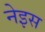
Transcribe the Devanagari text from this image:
नेइस